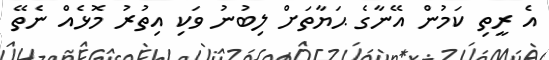
އެ ރީތި ކަމުން އޭނާގެ ޙަޔާތަށް ލިބުނު ވަކި އިތުރު މޮޅެއް ނެތޭ